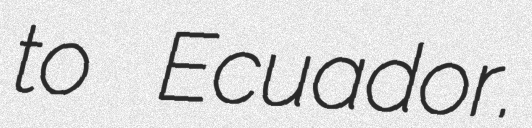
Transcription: to Ecuador.